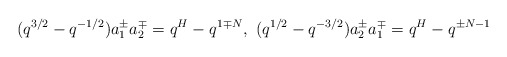
\begin{align*}(q^{3/2}-q^{-1/2})a^\pm_1 a^\mp_2=q^H-q^{1\mp N},\ (q^{1/2}-q^{-3/2})a^\pm_2a^\mp_1=q^H-q^{\pm N-1}\end{align*}